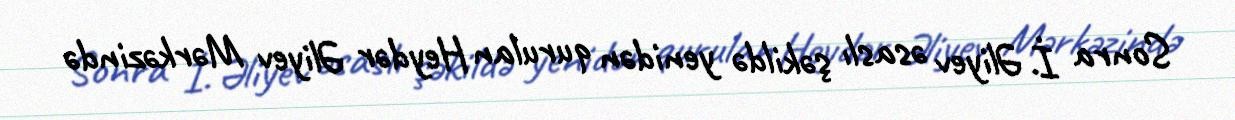
Sonra İ. Əliyev əsaslı şəkildə yenidən qurulan Heydər Əliyev Mərkəzində